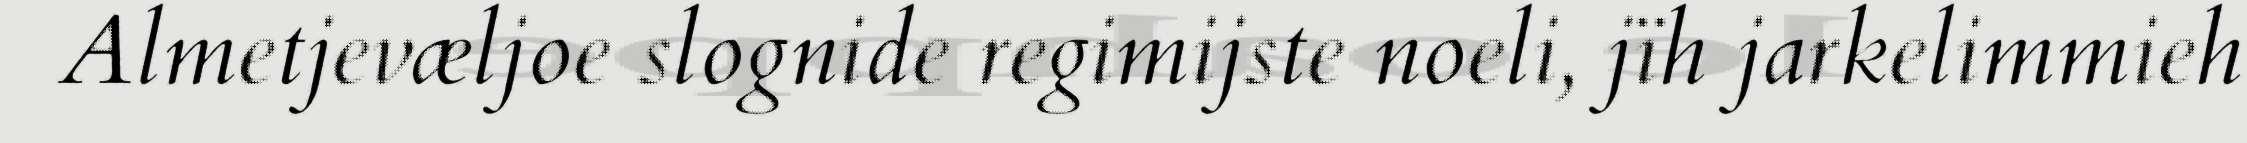
Almetjevæljoe slognide regimijste noeli, jïh jarkelimmieh